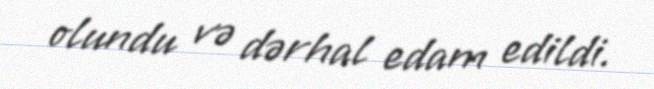
olundu və dərhal edam edildi.